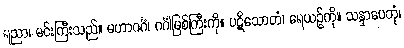
ရညာ၊ မင်းကြီးသည်။ မဟာဂင်္ဂံ၊ ဂင်္ဂါမြစ်ကြီးကို။ ပဋိသောတံ၊ ရေယဉ်ကို။ သန္ဒာပေတုံ၊